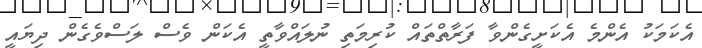
އެކަމަކު އެންމެ އެކަށީގެންވާ ފަރާތްތައް ކުރިމަތި ނުލައްވާތީ އެކަން ވެސް ލަސްވެގެން ދިޔައީ